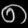
Digit: ၈